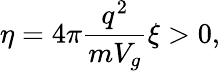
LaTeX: \eta=4\pi\frac{q^{2}}{mV_{g}}\xi>0,